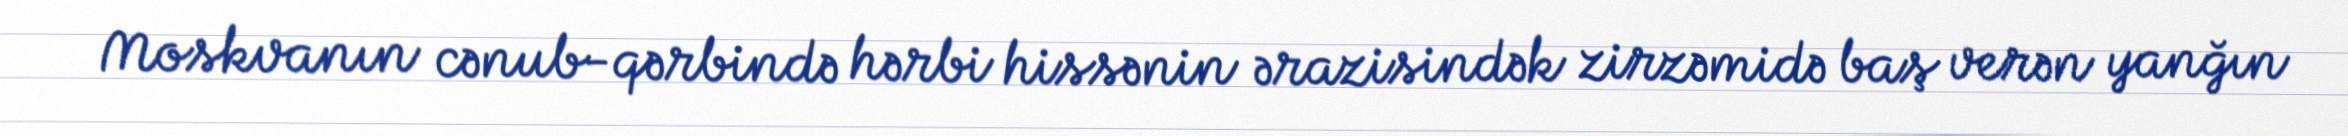
Moskvanın cənub-qərbində hərbi hissənin ərazisindək zirzəmidə baş verən yanğın